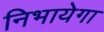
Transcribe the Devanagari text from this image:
निभायेगा